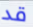
قد